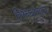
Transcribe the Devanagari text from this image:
सिध्दांतात